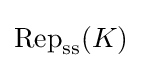
\operatorname {Rep} _{\mathrm {ss} }(K)